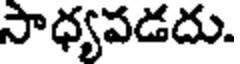
సాధ్యపడదు.